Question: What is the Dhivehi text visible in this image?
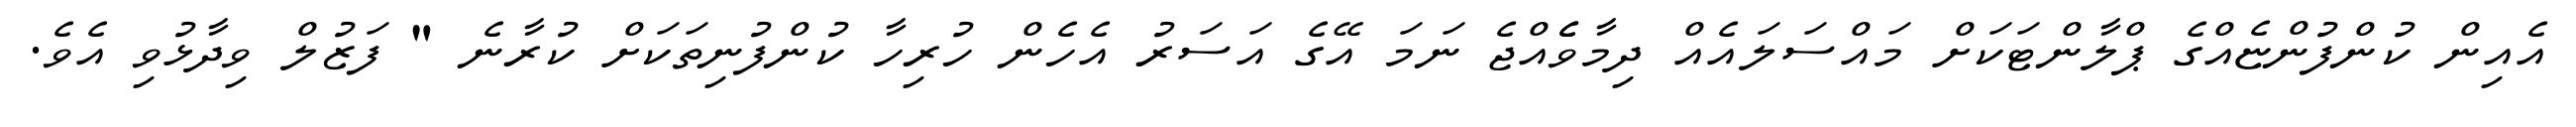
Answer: އެއިން ކުންފުންޏެއްގެ ޕްލާންޓަކަށް މައްސަލައެއް ދިމާވެެއްޖެ ނަމަ އޭގެ އަސަރު އެހެން ހުރިހާ ކުންފުނިތަކަށް ކުރާނެ " ފަޒުލް ވިދާޅުވި އެވެ.